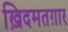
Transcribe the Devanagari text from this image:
ख़िदमतग़ार